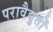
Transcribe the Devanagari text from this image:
परावैद्युतों